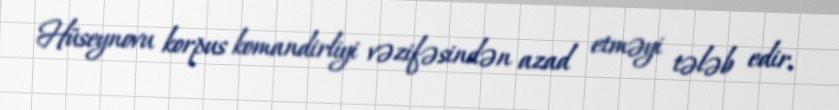
Hüseynovu korpus komandirliyi vəzifəsindən azad etməyi tələb edir.